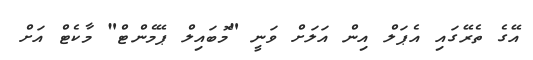
އޭގެ ތެރޭގައި އެޕަލް އިން އަލަށް ވަނީ "މޮބައިލް ޕޭމެންޓް" މާކެޓް އަށް